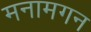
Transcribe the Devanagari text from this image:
मनामगन